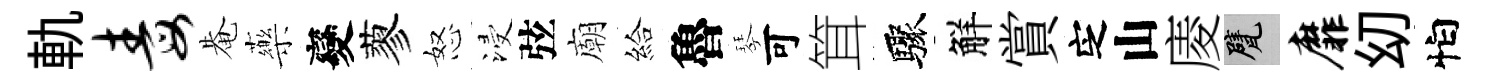
軌毒𤲅藥變蓼怒浸弦廟給魯琴可䇯驟觧賞㝎山庱甓靡㓜怕